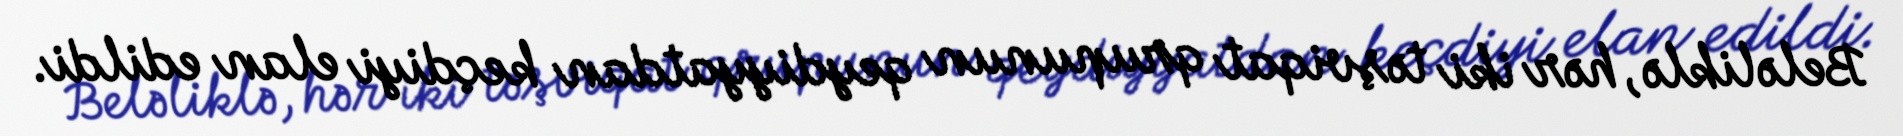
Beləliklə, hər iki təşviqat qrupunun qeydiyyatdan keçdiyi elan edildi.